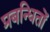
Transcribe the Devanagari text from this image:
प्रबन्धितों